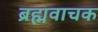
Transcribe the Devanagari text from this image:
ब्रह्मवाचक